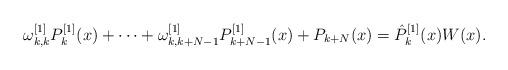
LaTeX: \begin{align*}\omega^{[1]}_{k,k} P_k^{[1]}(x)+\dots+\omega^{[1]}_{k,k+N-1}P_{k+N-1}^{[1]}(x)+P_{k+N}(x)=\hat P^{[1]}_k(x)W(x).\end{align*}